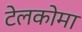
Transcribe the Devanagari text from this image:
टेलकोमा